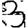
Digit: 3